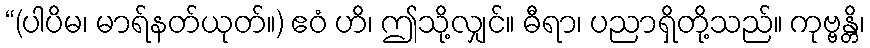
“(ပါပိမ၊ မာရ်နတ်ယုတ်။) ဧဝံ ဟိ၊ ဤသို့လျှင်။ ဓီရာ၊ ပညာရှိတို့သည်။ ကုဗ္ဗန္တိ၊